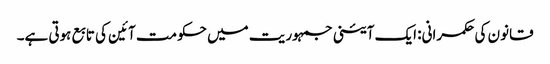
قانون کی حکمرانی: ایک آئینی جمہوریت میں حکومت آئین کی تابع ہوتی ہے۔